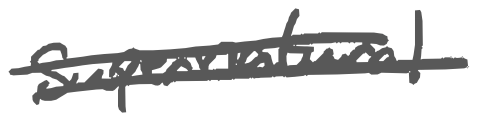
Text: supernatural
Cross-out: double-line
Writing tool: digital_gray